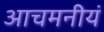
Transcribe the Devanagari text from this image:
आचमनीयं